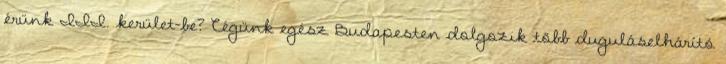
érünk III. kerület-be? Cégünk egész Budapesten dolgozik több duguláselhárító